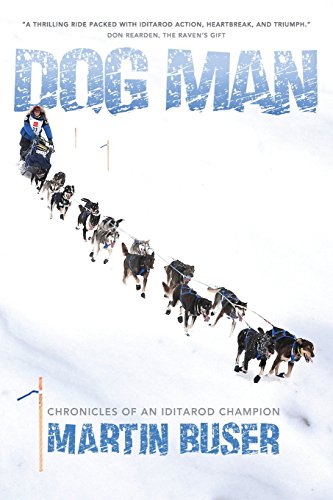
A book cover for Dog Man: Chronicles of an Iditarod Champion; Martin Buser; Sports & Outdoors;